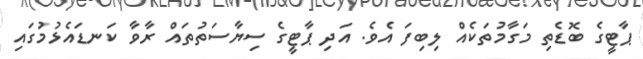
ޕާޓީގެ ބޮޑެތި މަގާމުތަކެއް ލިބިފަ އެވެ. އަދި ޕާޓީގެ ސިޔާސަތުތައް ރާވާ ކަނޑައެޅުމުގައި